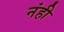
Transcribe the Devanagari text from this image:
नंही